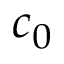
c _ { 0 }